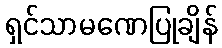
ရှင်သာမဏေပြုချိန်